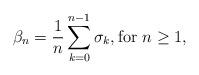
LaTeX: \begin{align*}\beta_n = \frac{1}{n} \sum_{k=0}^{n-1} \sigma_k, \textrm{for $n \geq 1$},\end{align*}